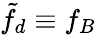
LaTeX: \tilde{f}_{d}\equiv f_{B}